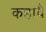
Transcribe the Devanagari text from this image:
कहावै